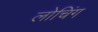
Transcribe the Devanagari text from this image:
लोचिंग